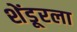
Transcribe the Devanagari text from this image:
शेंडूरला